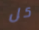
كل